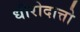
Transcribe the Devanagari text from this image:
धीरोदात्तो